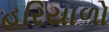
હરિયાળો